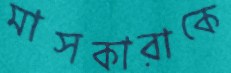
মাসকারাকে